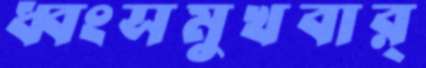
ধ্বংসমুখবার্